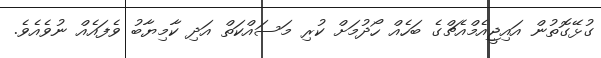
ގުޅޭގޮތުން އައިޖީއެމްއެޗްގެ ބަހެއް ހޯދުމަށް ކުރި މަސައްކަތް އަދި ކާމިޔާބު ވެފައެއް ނުވެއެވެ.